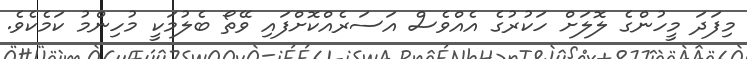
މިފަދަ މީހުންގެ ލޮލަށް ހަކުރުގެ އެއްވެސް އަސަރެއްކޮށްފައި ވޭތޯ ބެލުމަކީ މުހިންމު ކަމެކެވެ.